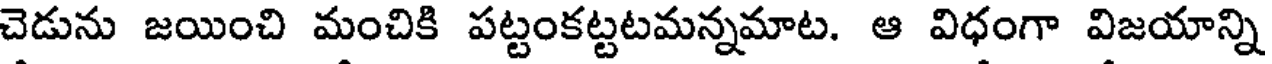
చెడును జయించి మంచికి పట్టంకట్టటమన్నమాట. ఆ విధంగా విజయాన్ని